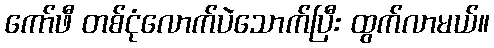
ကော်ဖီ တစ်ငုံလောက်ပဲသောက်ပြီး ထွက်လာမယ်။